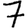
Digit: 7